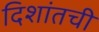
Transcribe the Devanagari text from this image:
दिशांतची